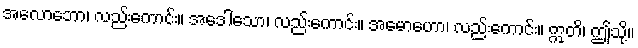
အလောဘော၊ လည်းကောင်း။ အဒေါသော၊ လည်းကောင်း။ အမောဟော၊ လည်းကောင်း။ ဣတိ၊ ဤသို့။